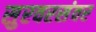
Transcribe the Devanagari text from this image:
सुरवरसंवर